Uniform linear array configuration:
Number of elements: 24
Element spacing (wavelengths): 0.5
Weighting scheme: uniform
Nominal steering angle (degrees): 60
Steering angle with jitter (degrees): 58.283
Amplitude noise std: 0.05
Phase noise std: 0.05

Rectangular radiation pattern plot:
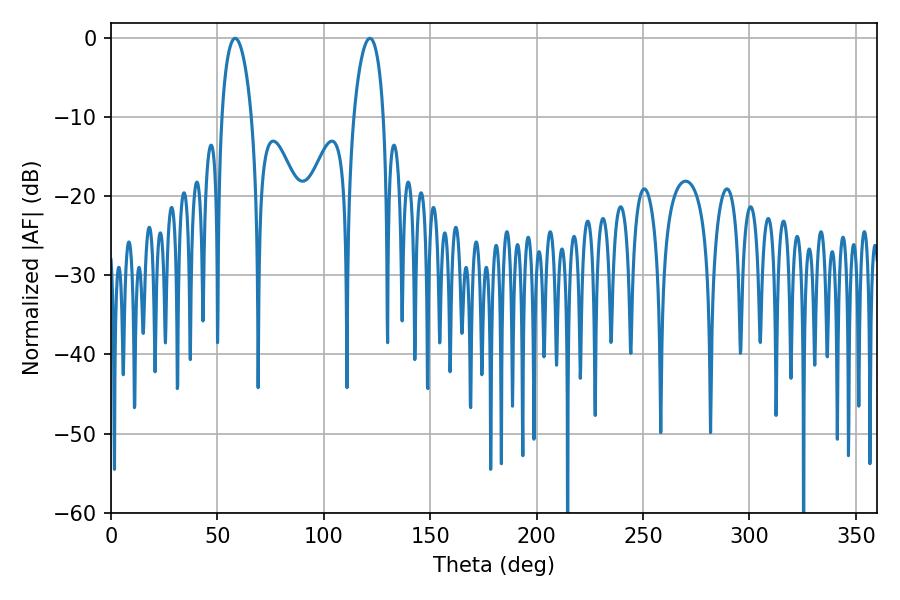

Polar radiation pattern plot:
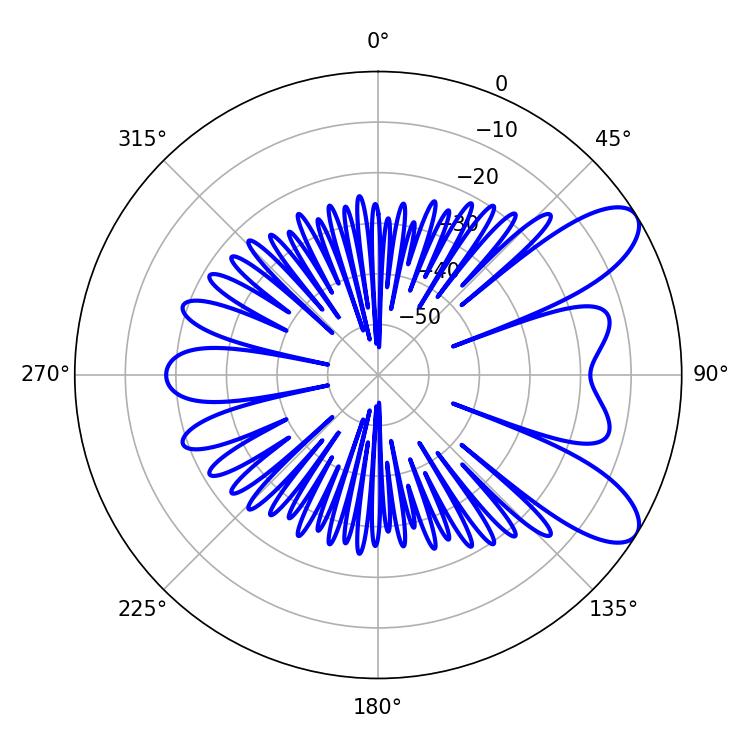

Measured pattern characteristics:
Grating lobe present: FALSE
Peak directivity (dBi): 8.744
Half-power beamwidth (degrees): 8.1
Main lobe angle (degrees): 58.32